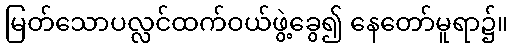
မြတ်သောပလ္လင်ထက်ဝယ်ဖွဲ့ခွေ၍ နေတော်မူရာ၌။